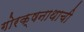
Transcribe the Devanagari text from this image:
गोरक्षनाथाची